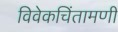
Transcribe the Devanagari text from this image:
विवेकचिंतामणी